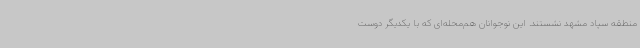
منطقه سپاد مشهد نشستند. این نوجوانان هم‌محله‌ای که با یکدیگر دوست